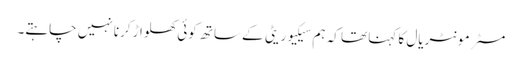
مسٹر مونٹریال کا کہنا تھا کہ ہم سیکیوریٹی کے ساتھ کوئی کھلواڑ کرنا نہیں چاہتے۔